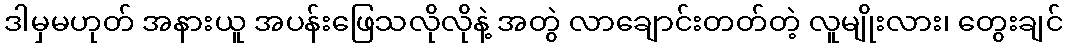
ဒါမှမဟုတ် အနားယူ အပန်းဖြေသလိုလိုနဲ့ အတွဲ လာချောင်းတတ်တဲ့ လူမျိုးလား၊ တွေးချင်